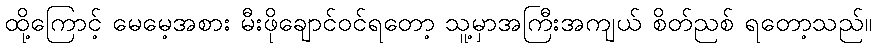
ထို့ကြောင့် မေမေ့အစား မီးဖိုချောင်ဝင်ရတော့ သူ့မှာအကြီးအကျယ် စိတ်ညစ် ရတော့သည်။